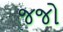
જજો